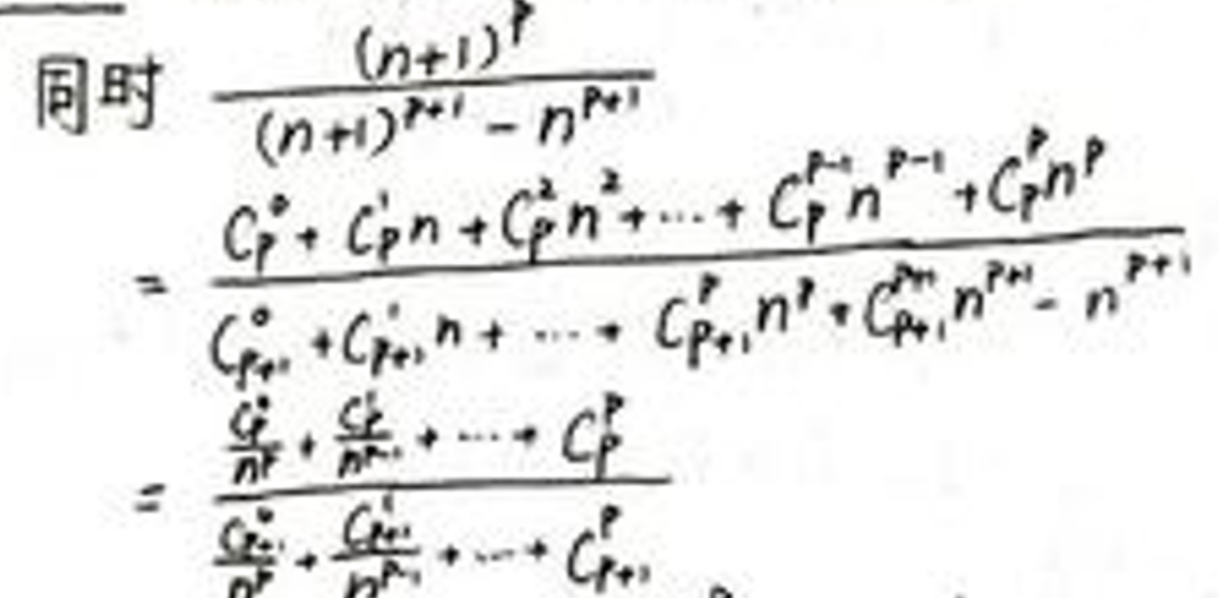
同时\(\ \frac{(n + 1)^p}{(n + 1)^{p + 1}-n^{p + 1}}\)\\
\(=\frac{C_p^0 + C_p^1n + C_p^2n^2+\cdots + C_p^pn^p}{C_{p + 1}^0 + C_{p + 1}^1n + \cdots + C_{p + 1}^pn^p + C_{p + 1}^{p + 1}n^{p + 1}-n^{p + 1}}\)\\
\(=\frac{\frac{C_p^0}{n^p}+\frac{C_p^1}{n^{p - 1}}+\cdots + C_p^p}{\frac{C_{p + 1}^0}{n^{p + 1}}+\frac{C_{p + 1}^1}{n^p}+\cdots + C_{p + 1}^p}\)